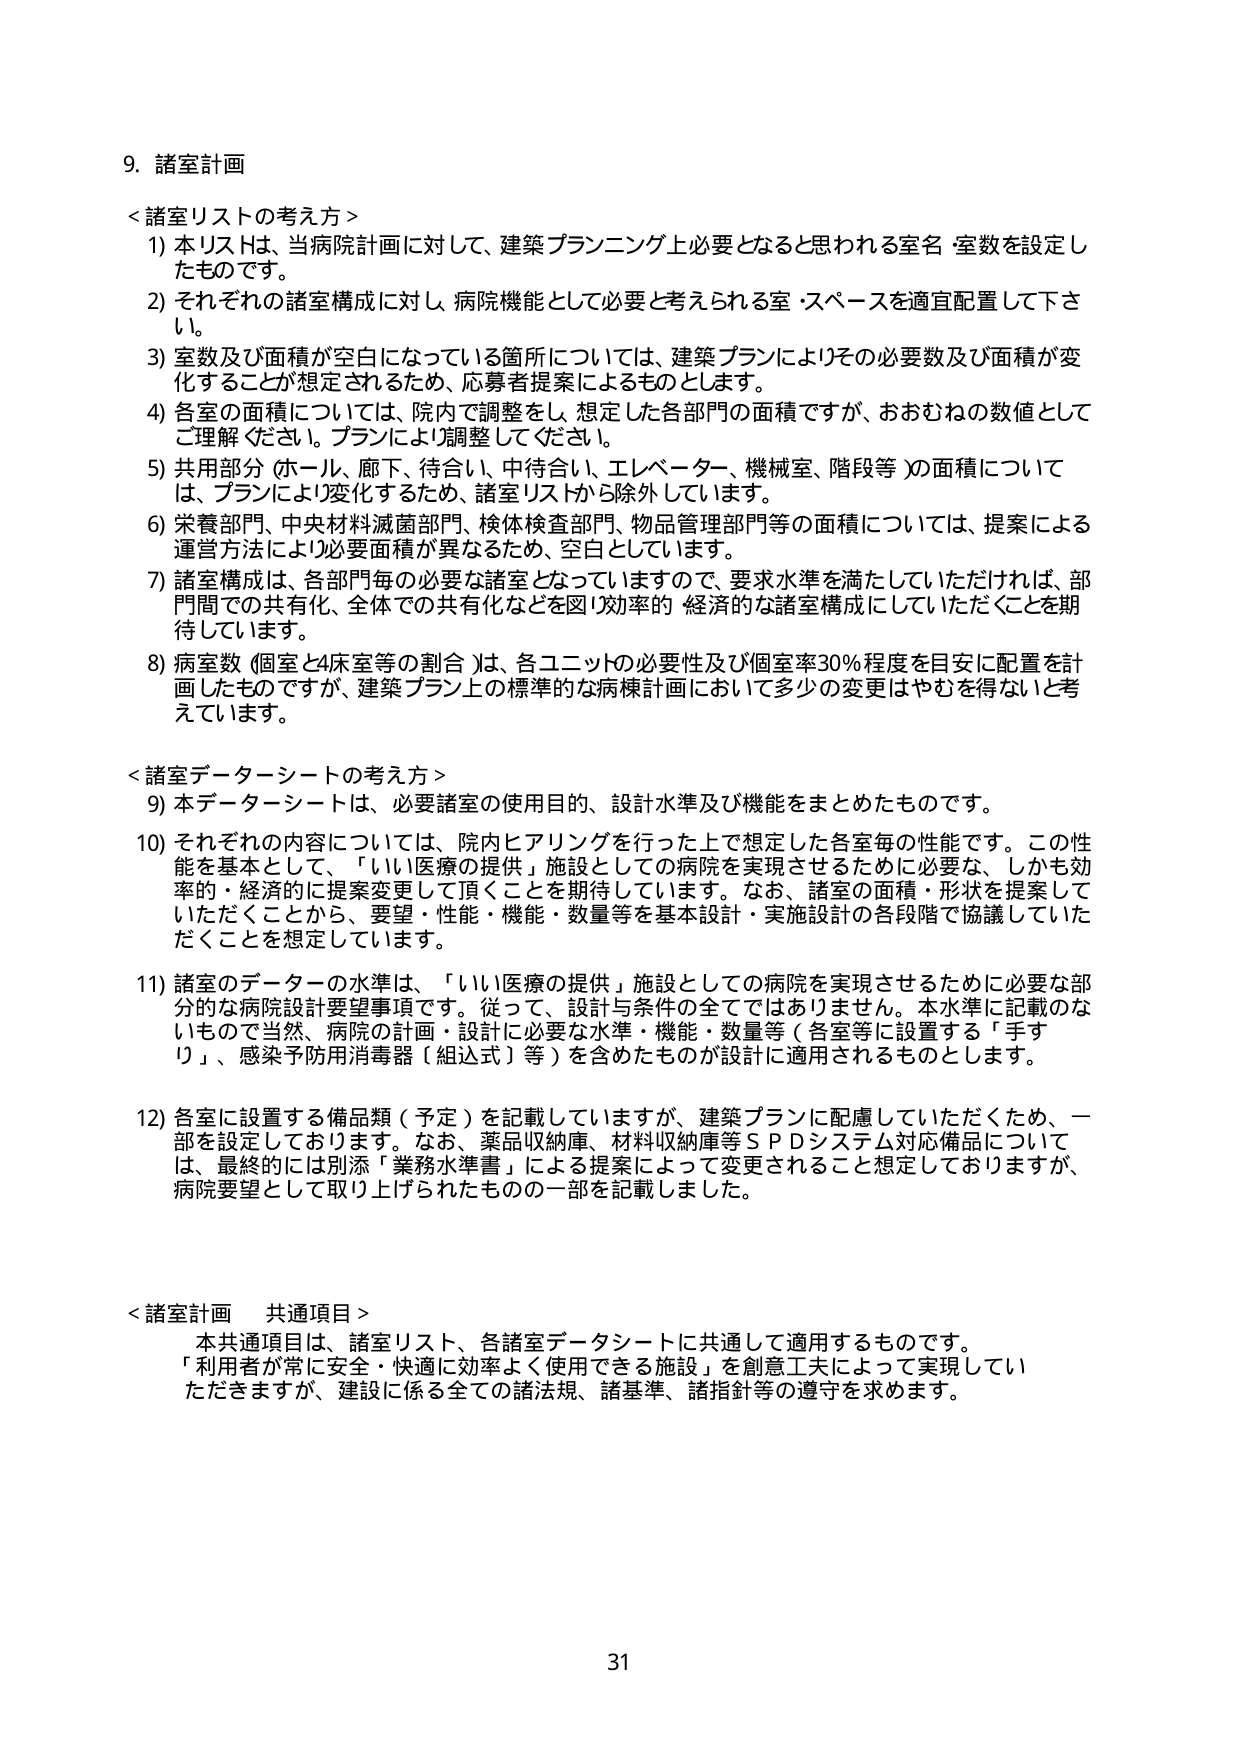
9. 諸室計画

＜諸室リストの考え方＞
1) 本リストは、当病院計画に対して、建築プランニング上必要となると思われる室名・室数を設定したものです。
2) それぞれの諸室構成に対し、病院機能として必要と考えられる室・スペースを適宜配置して下さい。
3) 室数及び面積が空白になっている箇所については、建築プランによりその必要数及び面積が変化することが想定されるため、応募者提案によるものとします。
4) 各室の面積については、院内で調整をし、想定した各部門の面積ですが、おおむねの数値としてご理解ください。プランにより調整してください。
5) 共用部分（ホール、廊下、待合い、中待合い、エレベーター、機械室、階段等）の面積については、プランにより変化するため、諸室リストから除外しています。
6) 栄養部門、中央材料滅菌部門、検体検査部門、物品管理部門等の面積については、提案による運営方法により必要面積が異なるため、空白としています。
7) 諸室構成は、各部門毎の必要な諸室となっていますので、要求水準を満たしていただければ、部門間での共有、全体での共有化などを図り効率的・経済的な諸室構成にしていただくことを期待しています。
8) 病室数（個室と4床室等の割合）は、各ユニットの必要性及び個室率30％程度を目安に配置を計画したものですが、建築プラン上の標準的な病棟計画において多少の変更はやむを得ないと考えています。

＜諸室データシートの考え方＞
9) 本データシートは、必要諸室の使用目的、設計水準及び機能をまとめたものです。
10) それぞれの内容については、院内ヒアリングを行った上で想定した各室毎の性能です。この性能を基本として、「いい医療の提供」施設としての病院を実現させるために必要な、しかも効率的・経済的に提案を変更して頂くことを期待しています。なお、諸室の面積・形状を提案していただくことから、要望・性能・機能・数量等を基本設計・実施設計の各段階で協議していただくことを想定しています。
11) 諸室のデータの水準は、「いい医療の提供」施設としての病院を実現させるために必要な部分的な病院設計要望事項です。従って、設計与条件の全てではありません。本水準に記載のないもので当然、病院の計画・設計に必要な水準・機能・数量等（各室等に設置する「手すり」、感染予防用消毒器（組込式）等）を含めたものが設計に適用されるものとします。
12) 各室に設置する備品類（予定）を記載していますが、建築プランに配慮していただくため、一部を設定しております。なお、薬品収納庫、材料収納庫等SPDシステム対応備品については、最終的には別添「業務水準書」による提案によって変更されること想定しておりますが、病院要望として取り上げられたものの一部を記載しました。

＜諸室計画 共通項目＞
本共通項目は、諸室リスト、各諸室データシートに共通して適用するものです。
「利用者が常に安全・快適に効率よく使用できる施設」を創意工夫によって実現していただきますが、建設に係る全ての諸法規、諸基準、諸指針等の遵守を求めます。

31